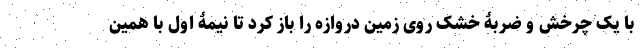
با یک چرخش و ضربۀ خشک روی زمین دروازه را باز کرد تا نیمۀ اول با همین